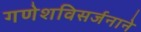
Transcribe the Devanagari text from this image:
गणेशविसर्जनाने